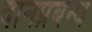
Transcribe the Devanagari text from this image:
दानप्रबन्ध